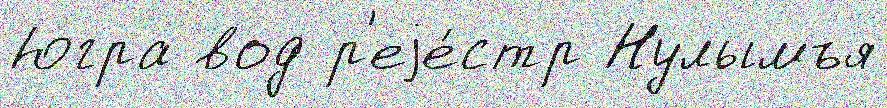
Югра вод р'еjе́стр Нулымъя